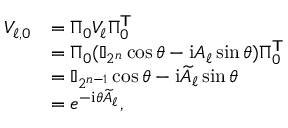
\begin{array} { r l } { V _ { \ell , 0 } } & { = \Pi _ { 0 } V _ { \ell } \Pi _ { 0 } ^ { \mathsf { T } } } \\ & { = \Pi _ { 0 } \l ( \mathbb { I } _ { 2 ^ { n } } \cos \theta - \mathrm { i } A _ { \ell } \sin \theta \r ) \Pi _ { 0 } ^ { \mathsf { T } } } \\ & { = \mathbb { I } _ { 2 ^ { n - 1 } } \cos \theta - \mathrm { i } \widetilde { A } _ { \ell } \sin \theta } \\ & { = e ^ { - \mathrm { i } \theta \widetilde { A } _ { \ell } } , } \end{array}